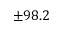
\pm 9 8 . 2